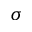
\sigma